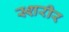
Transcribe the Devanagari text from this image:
स्शरीर